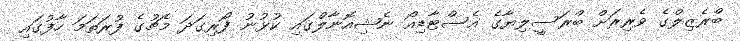
ބްރެޒިލްގެ ވެރިރަށް ބްރަސީލިޔާގެ އެސްޓާޑިއޯ ނެޝިއޮނާލްގައި ކުޅުނު ފޯރިގަދަ މެޗުގެ ފުރަތަމަ ހާފުގައި